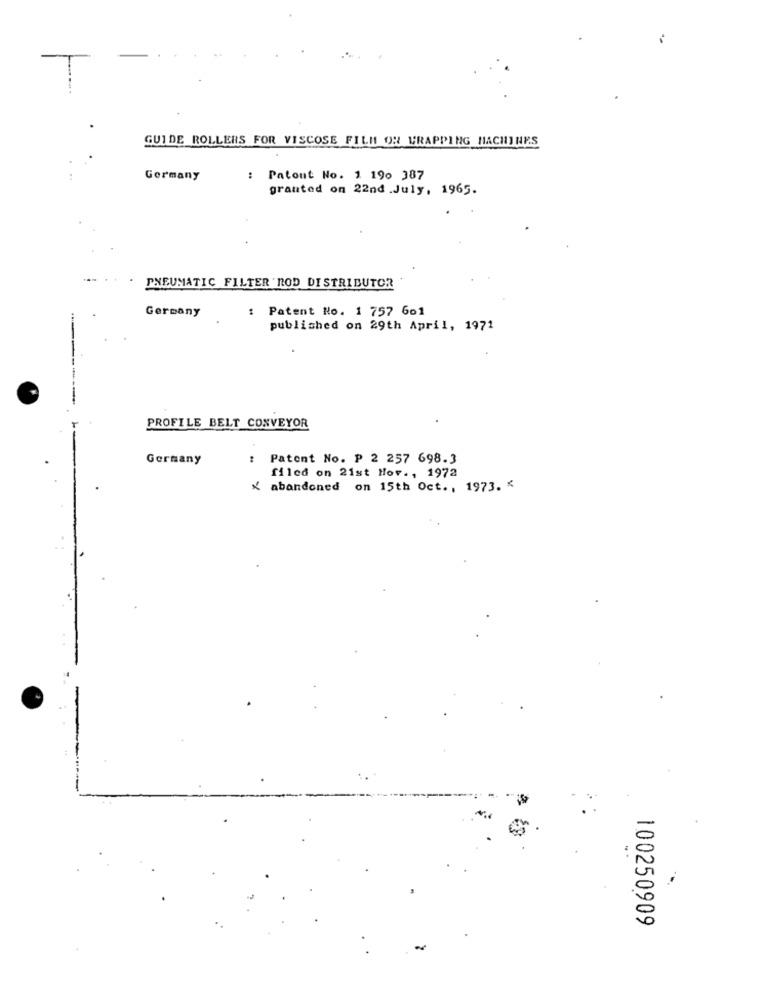
7
GUIDE ROLLERS FOR VISCOSE FILM OR WRAPPING MACHINES
Germany
: Patout No. 1 190 387
granted on 22nd .July, 1965.
PNEUMATIC FILTER ROD DISTRIBUTOR
: Patent No. 1 757 601
Germany
published on 29th April, 1971
---
PROFILE BELT CONVEYOR
Germany
: Patent No. P 2 257 698.3
filed on 21st Hor ., 1972
X abandoned on 15th Oct ., 1973. <
100250909